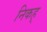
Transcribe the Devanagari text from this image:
निकह्